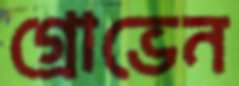
গ্রোভেন